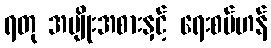
ရတု အမျိုးအစားနှင့် ရေးစပ်ဟန်